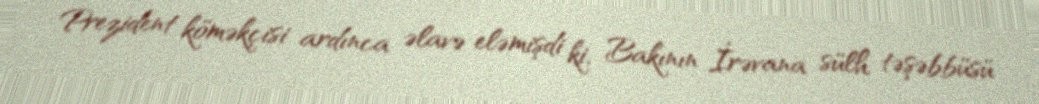
Prezident köməkçisi ardınca əlavə eləmişdi ki, Bakının İrəvana sülh təşəbbüsü